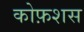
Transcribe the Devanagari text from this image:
कोफ़शस